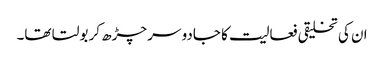
ان کی تخلیقی فعالیت کا جادو سر چڑھ کر بولتا تھا۔